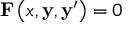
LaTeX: \mathbf { F } \left( x , \mathbf { y } , \mathbf { y } ^ { \prime } \right) = { \boldsymbol { 0 } }